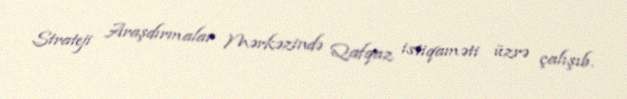
Strateji Araşdırmalar Mərkəzində Qafqaz istiqaməti üzrə çalışıb.